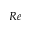
R e